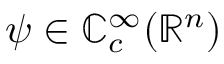
\psi \in \mathbb { C } _ { c } ^ { \infty } ( \mathbb { R } ^ { n } )